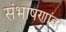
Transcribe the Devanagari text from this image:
संभाषणांवर